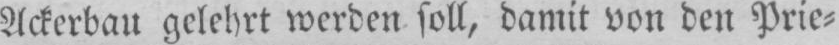
Ackerbau gelehrt werden soll, damit von den Prie⸗